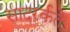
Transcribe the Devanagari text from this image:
सादरर्कते